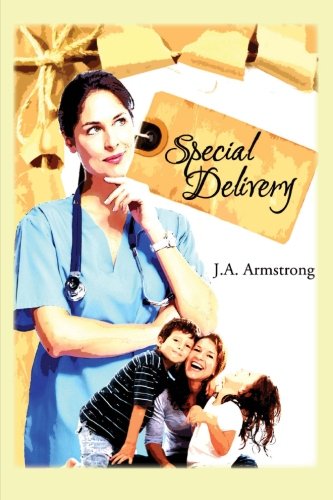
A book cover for Special Delivery (Volume 1); J. A. Armstrong; Romance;